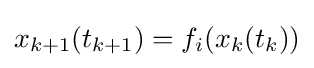
x_{k+1}(t_{k+1})=f_{i}(x_{k}(t_{k}))